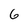
Character: 6